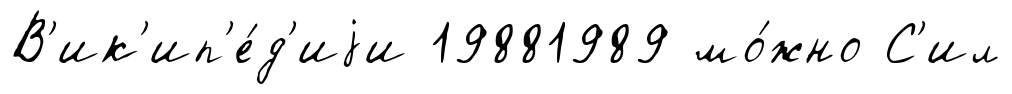
В'ик'ип'е́д'иjи 19881989 мо́жно С'ил